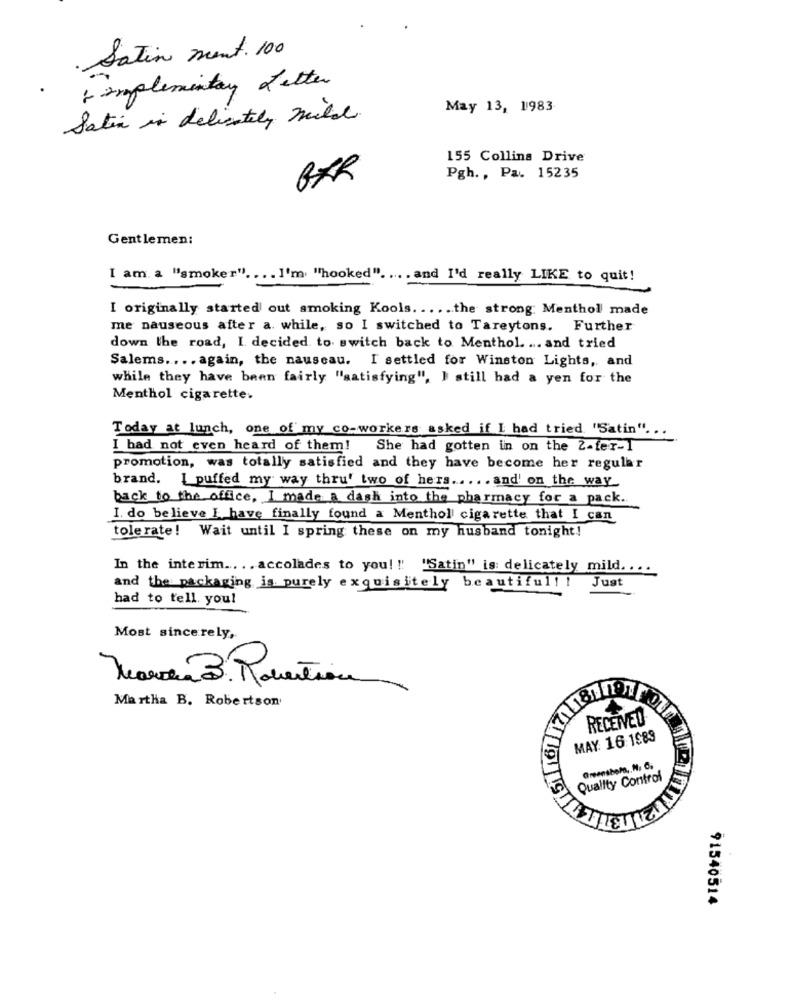
Satin ment. 100
& implementar Letter
May 13, 1983
Satin in delicately mille.
155 Collins Drive
Pgh. , Pa. 15235
Gentlemen:
I am a "smoker" .... I'm "hooked". ... . and I'd really LIKE to quit!
I originally started out smoking Kools. ..... the strong: Menthol made
me nauseous after a. while, so I switched to Tareytons. Further
down the road, I. decided to switch back to Menthol. ... and tried
Salems .... again, the nauseau. I settled for Winston Lights, and
while they have been fairly "satisfying", I still had a yen for the
Menthol cigarette.
Today at lunch, one of my co-workers asked if I had tried "Satin" ...
I bad not even heard of them! She had gotten in on the 2-fer-1
promotion, was totally satisfied and they have become her regular
brand. I puffed my way thru' two of hers ..... and' on the way
back to the office, I made a dash into the pharmacy for a pack.
I. do believe I have finally found a Menthol cigarette that I can
tolerate ! Wait until I spring these on my husband tonight!
In the interim .. .. accolades to you! ! "Satin" is: delicately mild. ...
Just
and the packaging is purely exquisitely beautiful! !
had to tell. you!
Most sincerely,
Maren 3. Robertion
Martha B. Robertson
RECEIVED
MAY: 16:1989
Quality Control
91540514